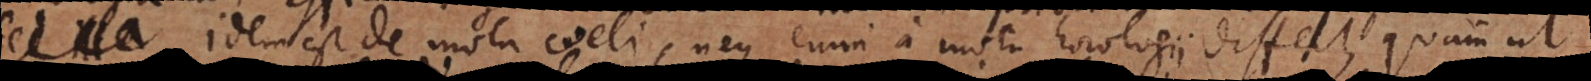
sed illa. Idem est de motu coeli neque enim a motu horologii differt, quam ut